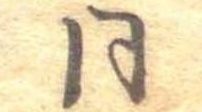
同